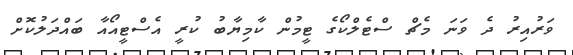
ވަރުއިރު ދެ ވަނަ މެޗް ސްޓެލްކޯގެ ޓީމުން ކާމިޔާބު ކުރީ އެސްޓީއޯއާ ބައްދަލުކޮށް